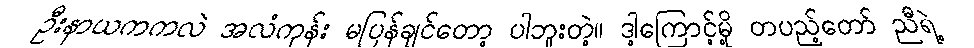
ဦးနာယကကလဲ အလံကုန်း မပြန်ချင်တော့ ပါဘူးတဲ့။ ဒါ့ကြောင့်မို့ တပည့်တော် ညီရဲ့